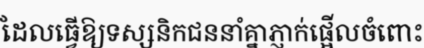
ដែលធ្វើឱ្យទស្សនិកជននាំគ្នាភ្ញាក់ផ្អើលចំពោះ